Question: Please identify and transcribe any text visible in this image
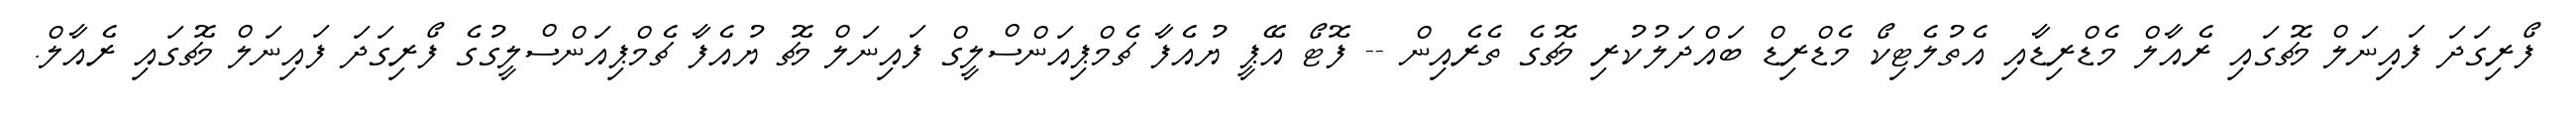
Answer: ފޯރިގަދަ ފައިނަލް މެޗުގައި ރެއާލް މެޑްރިޑާއި އެތުލެޓިކޯ މެޑްރިޑް ބައްދަލުކުރި މެޗުގެ ތެރެއިން -- ފޮޓޯ އޭޕީ ޔުއެފާ ޗެމްޕިއަންސްލީގް ފައިނަލް މެޗު ޔުއެފާ ޗެމްޕިއަންސްލީގުގެ ފޯރިގަދަ ފައިނަލް މެޗުގައި ރެއާލް.